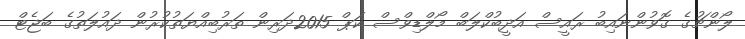
ލޯންޗުގެ ގޮވުންނައިބު ރައީސް އަދީބުކްލަބް މޯލްޑިވްސް ކަޕް 2015ދަރިން ތަރުބިއްޔަތުކުރުން ދައުލަތުގެ ބަޖެޓް